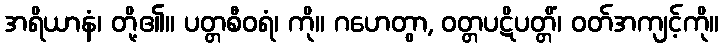
အရိယာနံ၊ တို့၏။ ပတ္တစီဝရံ၊ ကို။ ဂဟေတွာ, ဝတ္တပဋိပတ္တိံ၊ ဝတ်အကျင့်ကို။